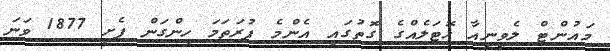
މައުންޓް ލެވީނިއާ ހޮޓަލެއްގެ ގޮތުގައި އެންމެ ފުރަތަމަ ހިންގަން ފެށީ 1877 ވަނަ